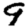
Digit: 9